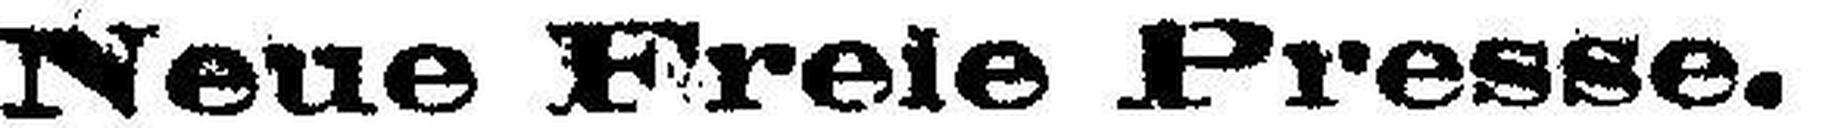
Neue Freie Presse.